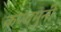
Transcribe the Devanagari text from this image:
कण्वमुनी